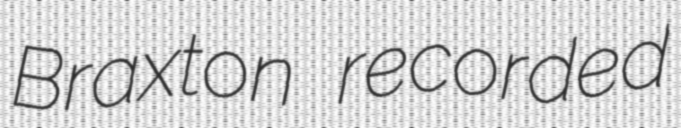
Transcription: Braxton recorded